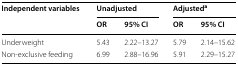
| <ROWSPAN=2> Independent variables | <COLSPAN=2> Unadjusted | <COLSPAN=2> Adjusteda |
 | OR | 95% CI | OR | 95% CI |
 | --- | --- | --- | --- | --- |
 | Underweight | 5.43 | 2.22–13.27 | 5.79 | 2.14–15.62 |
 | Non-exclusive feeding | 6.99 | 2.88–16.96 | 5.91 | 2.29–15.27 |